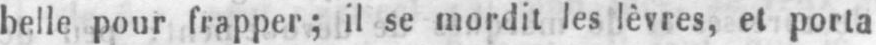
belle pour frapper; il se mordit les lèvres, et porta